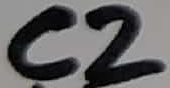
Text: C2